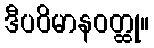
ဒီပဝိမာနဝတ္ထု။